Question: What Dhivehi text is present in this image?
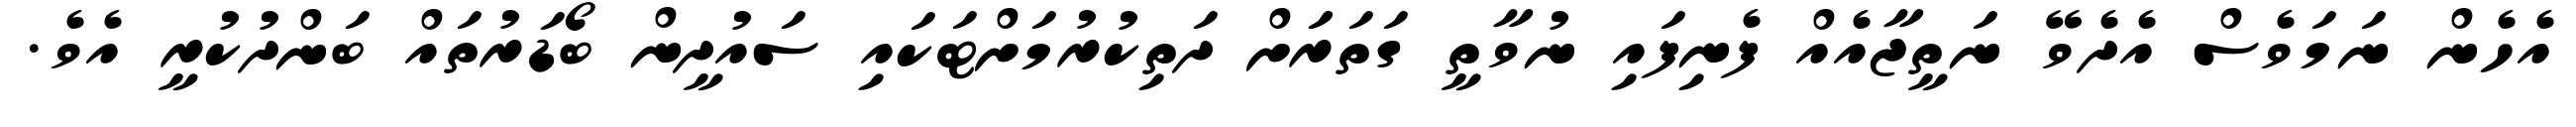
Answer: އެހެން ނަމަވެސް އެދެވޭ ނަތީޖާއެއް ފެނިފައި ނުވާތީ ގަތަރަަށް ދަތިކުރުމަށްޓަކައި ސައުދީން ބޯޑަރުތައް ބަންދުކުރީ އެވެ.